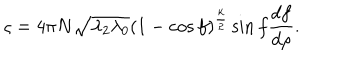
\varsigma = 4 \pi N \sqrt { \lambda _ { 2 } \lambda _ { 0 } } ( 1 - \cos f ) ^ { \frac { k } { 2 } } \sin f \frac { d f } { d \rho } .